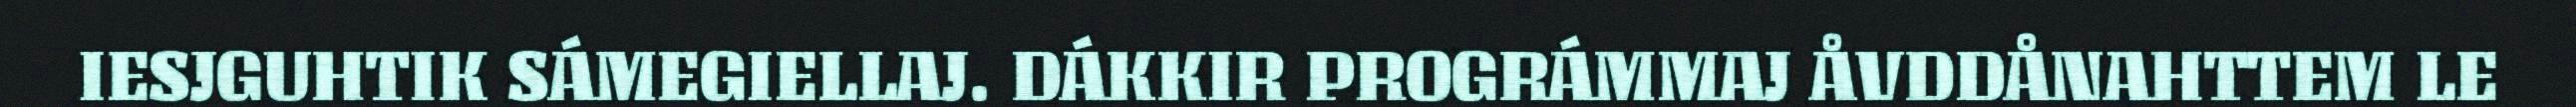
IESJGUHTIK SÁMEGIELLAJ. DÁKKIR PROGRÁMMAJ ÅVDDÅNAHTTEM LE